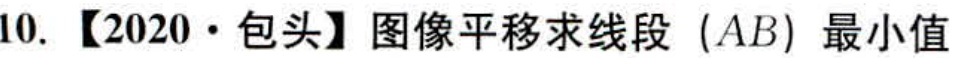
10. 【2020·包头】图像平移求线段（\(AB\)）最小值